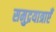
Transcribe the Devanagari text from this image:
समुद्रयात्राएँ